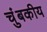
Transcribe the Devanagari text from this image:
चंुबकीय